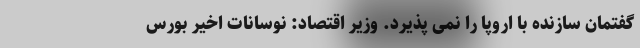
گفتمان سازنده با اروپا را نمی پذیرد. وزیر اقتصاد: نوسانات اخیر بورس